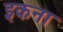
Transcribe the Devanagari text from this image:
इकना